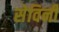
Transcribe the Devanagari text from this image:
सेविनी